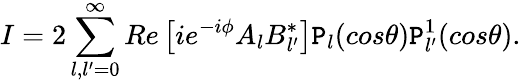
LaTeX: I=2\sum_{l,l^{\prime}=0}^{\infty}Re\left[ie^{-i\phi}A_{l}B_{l^{\prime}}^{*}\right]\mathtt{P}_{l}(cos\theta)\mathtt{P}_{l^{\prime}}^{1}(cos\theta).